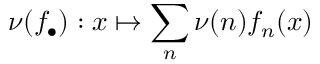
\nu ( f _ { \bullet } ) : x \mapsto \sum _ { n } \nu ( n ) f _ { n } ( x )